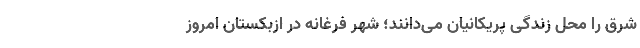
شرق را محل زندگی پریکانیان می‌دانند؛ شهر فِرغانه در ازبکستان امروز